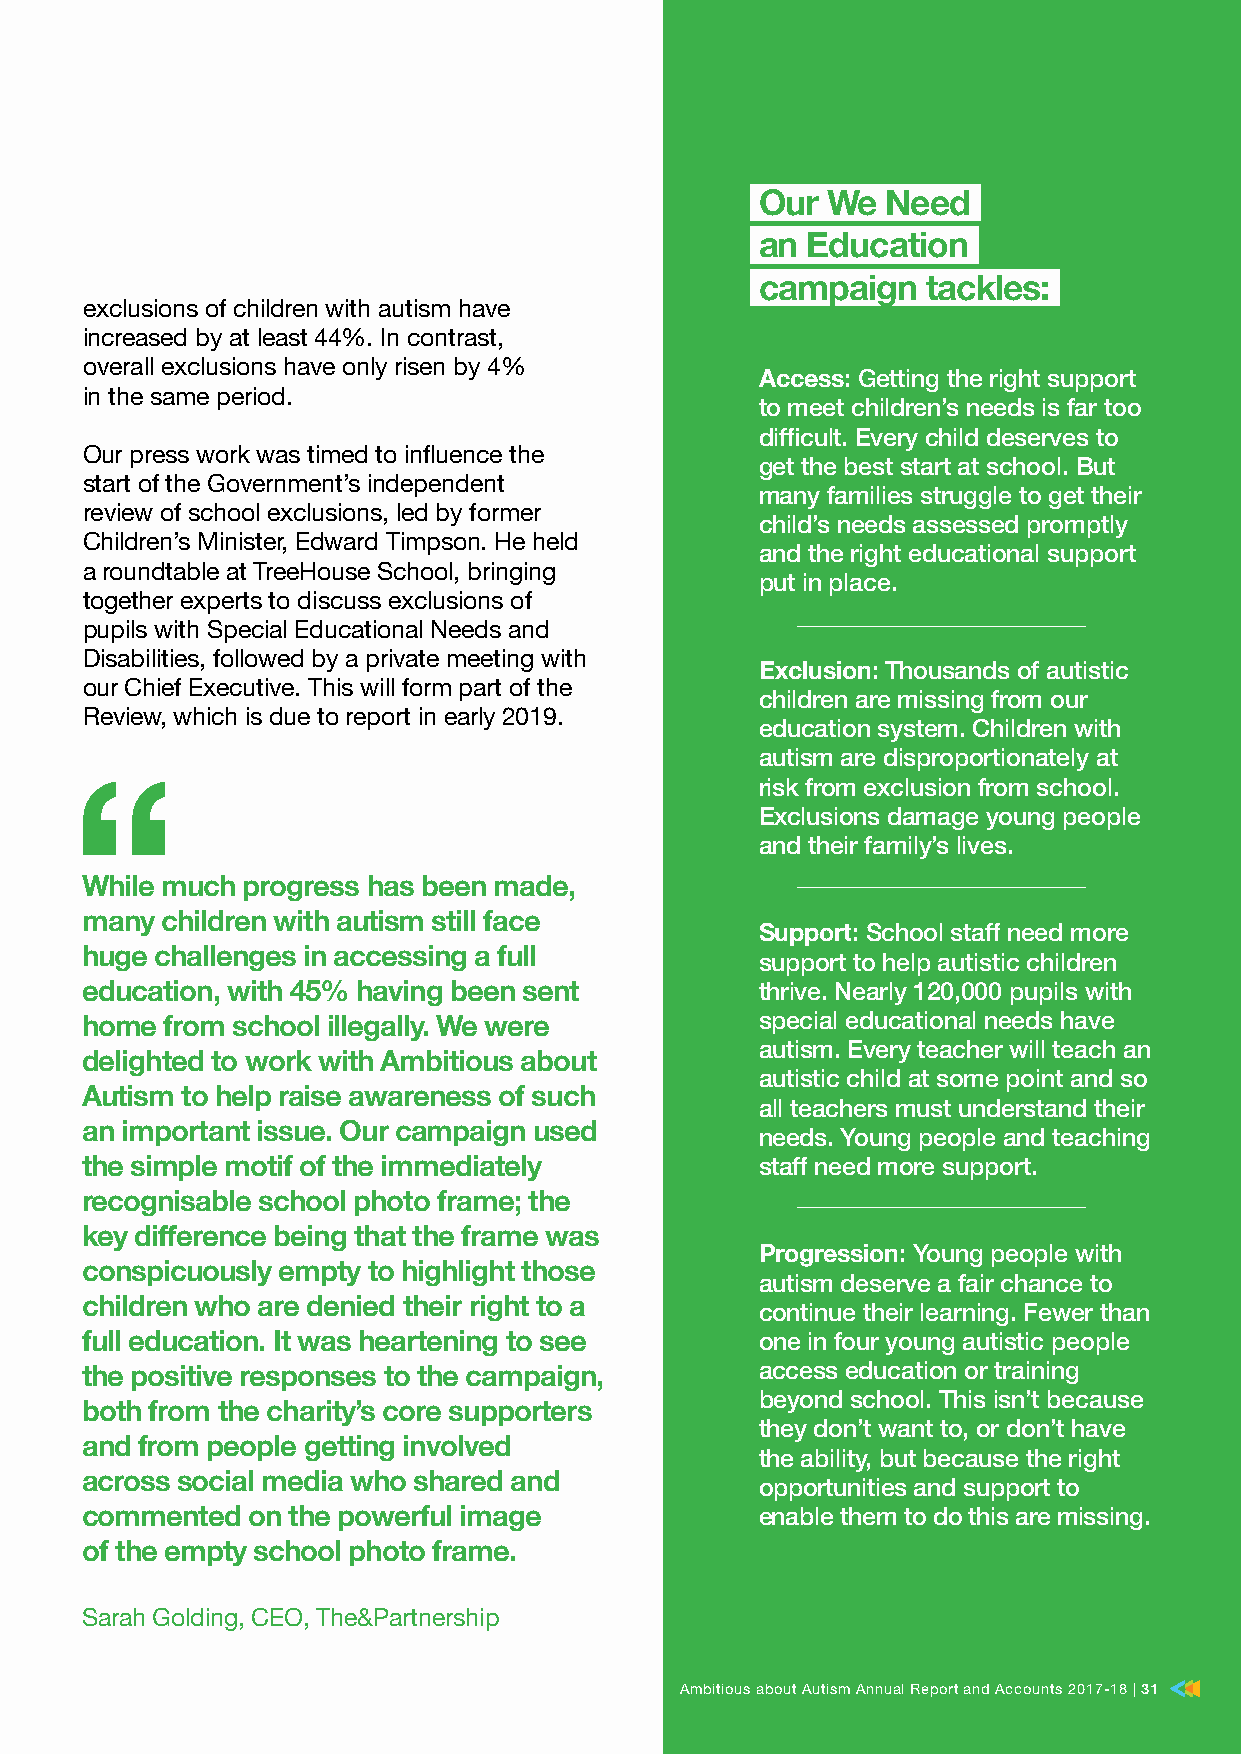
Our  We  Need
 an Education
 campaign   tackles:
 exclusions of children with autism have
 increased by at least 44%. In contrast,
 overall exclusions have only risen by 4%
 Access: Getting the right support
 in the same period.
 to meet children’s needs is far too
 difficult. Every child deserves to
 Our press work was timed to influence the
 get the best start at school. But
 start of the Government’s independent
 many families struggle to get their
 review of school exclusions, led by former
 child’s needs assessed promptly
 Children’s Minister, Edward Timpson. He held
 and the right educational support
 a roundtable at TreeHouse School, bringing
 put in place.
 together experts to discuss exclusions of
 pupils with Special Educational Needs and
 Disabilities, followed by a private meeting with
 Exclusion: Thousands of autistic
 our Chief Executive. This will form part of the
 children are missing from our
 Review, which is due to report in early 2019.
 education system. Children with
 autism are disproportionately at
 risk from exclusion from school.
 Exclusions damage young people
 “
 and their family’s lives.
 While much progress has been made,
 many  children with autism still face
 Support: School staff need more
 huge challenges in accessing a full          support to help autistic children
 education, with 45% having been sent         thrive. Nearly 120,000 pupils with
 special educational needs have
 home  from school illegally. We were
 autism. Every teacher will teach an
 delighted to work with Ambitious about
 autistic child at some point and so
 Autism to help raise awareness of such
 all teachers must understand their
 an important issue. Our campaign used        needs. Young people and teaching
 the simple motif of the immediately          staff need more support.
 recognisable school photo frame; the
 key difference being that the frame was
 Progression: Young people with
 conspicuously empty to highlight those
 autism deserve a fair chance to
 children who are denied their right to a     continue their learning. Fewer than
 full education. It was heartening to see     one in four young autistic people
 access education or training
 the positive responses to the campaign,
 beyond school. This isn’t because
 both from the charity’s core supporters
 they don’t want to, or don’t have
 and from people getting involved
 the ability, but because the right
 across social media who shared and           opportunities and support to
 commented  on the powerful image             enable them to do this are missing.
 of the empty school photo frame.
 Sarah Golding, CEO, The&Partnership
 AAmmbbiittiioouuss aabboouutt AAuuttiissmm AAnnnnuuaall RReeppoorrtt aanndd AAccccoouunnttss 22001177–-1188 || 3311